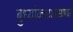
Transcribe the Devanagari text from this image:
बुध्यांकअअसणारे